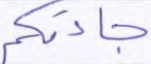
جاءتكم